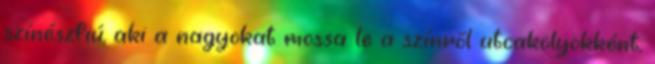
színészfiú, aki a nagyokat mossa le a színről utcakölyökként,